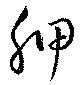
胛